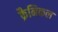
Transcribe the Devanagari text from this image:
क्रैनिकल